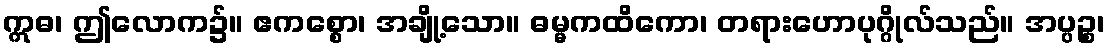
ဣဓ၊ ဤလောက၌။ ဧကစ္စော၊ အချို့သော။ ဓမ္မကထိကော၊ တရားဟောပုဂ္ဂိုလ်သည်။ အပ္ပဉ္စ၊